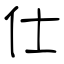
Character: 仕